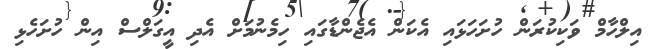
އިލްހާމް ވަކިކުރަން ހުށަހަޅައި އެކަން އެޖެންޑާގައި ހިމެނުމަށް އެދި އީގަލްސް އިން ހުށަހެޅި